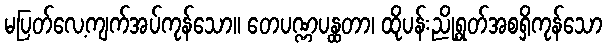
မပြတ်လေ့ကျက်အပ်ကုန်သော။ တေပဏ္ဏပန္ထတာ၊ ထိုပန်းညိုရွတ်အစရှိကုန်သော